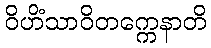
ဝိဟိံသာဝိတက္ကေနာတိ